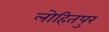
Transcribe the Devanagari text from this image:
लोहितपुर